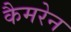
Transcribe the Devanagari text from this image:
कैमरेन